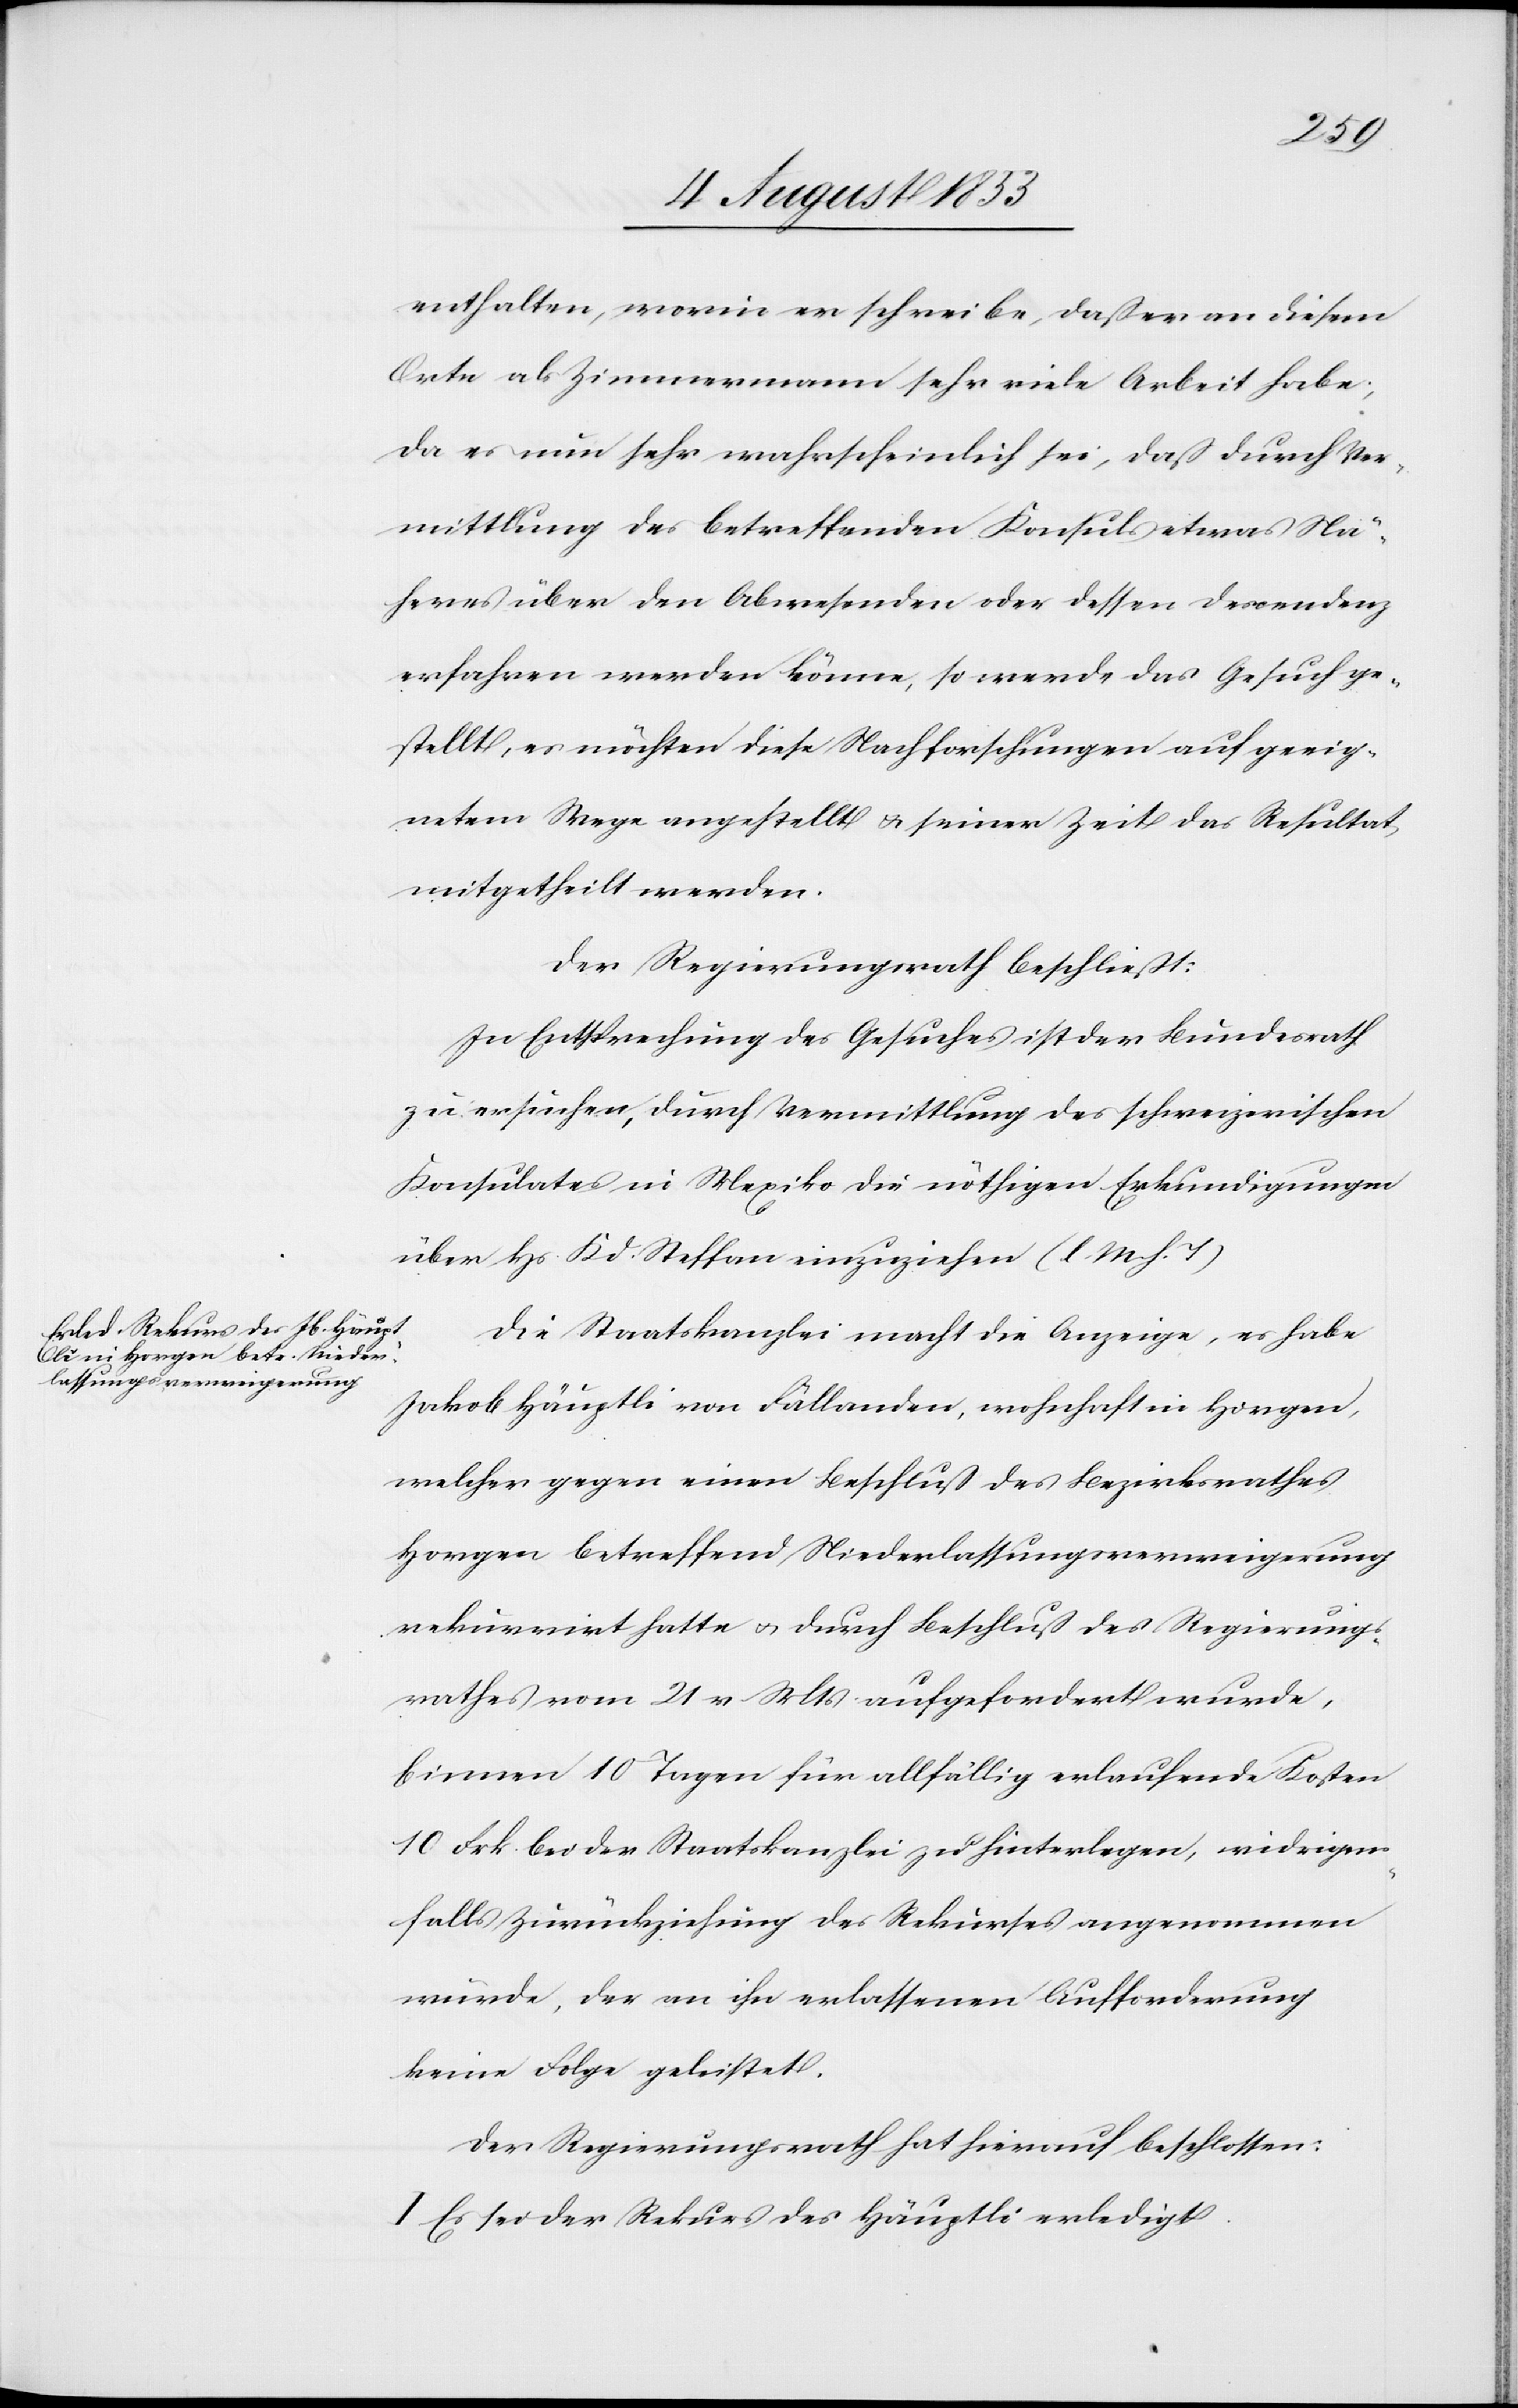
enthalten, worin er schreibe, daß er an diesem
Orte als Zimmermann sehr viele Arbeit habe,
da es nun sehr wahrscheinlich sei, daß durch Ver¬
mittlung des betreffenden Konsuls etwas Nä¬
heres über den Abwesenden oder dessen Descendenz
erfahren werden könne, so werde das Gesuch ge¬
stellt, es möchten diese Nachforschungen auf geeig¬
netem Wege angestellt u. seiner Zeit das Resultat
mitgetheilt werden.
Der Regierungsrath beschließt:
In Entsprechung des Gesuches ist der Bundesrath
zu ersuchen, durch Vermittlung des schweizerischen
Konsulates in Mexiko die nöthigen Erkundigungen
über Hs. Kd. Steffan einzuziehen. [l. M. h. T]
Die Staatskanzlei macht die Anzeige, es habe
Jakob Häuptli von Fällanden, wohnhaft in Horgen,
welcher gegen einen Beschluß des Bezirksrathes
Horgen betreffend Niederlassungsverweigerung
rekurrirt hatte u. durch Beschluß des Regierungs¬
rathes vom 21v. Mts. aufgefordert wurde,
binnen 10 Tagen für allfällig erlaufende Kosten
10 Frk. bei der Staatskanzlei zu hinterlegen, widrigen¬
falls Zurückziehung des Rekurses angenommen
würde, der an ihn erlassenen Aufforderung
keine Folge geleistet.
Der Regierungsrath hat hierauf beschlossen:
I. Es sei der Rekurs des Häuptli erledigt.